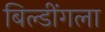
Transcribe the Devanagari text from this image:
बिल्डींगला